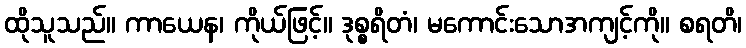
ထိုသူသည်။ ကာယေန၊ ကိုယ်ဖြင့်။ ဒုစ္စရိတံ၊ မကောင်းသောအကျင့်ကို။ စရတိ၊